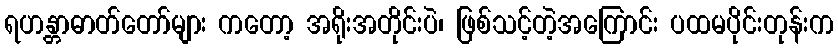
ရဟန္တာဓာတ်တော်များ ကတော့ အရိုးအတိုင်းပဲ၊ ဖြစ်သင့်တဲ့အကြောင်း ပထမပိုင်းတုန်းက